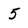
Character: 5